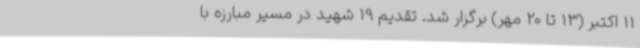
11 اکتبر (13 تا 20 مهر) برگزار شد. تقدیم 19 شهید در مسیر مبارزه با